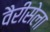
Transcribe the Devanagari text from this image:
वैरीसेला